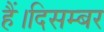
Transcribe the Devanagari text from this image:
हैं।दिसम्बर